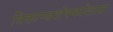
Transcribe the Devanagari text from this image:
त्रिकाण्डशेषकोशात